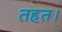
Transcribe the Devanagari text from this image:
तहत।